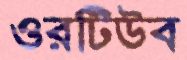
ওরটিউব